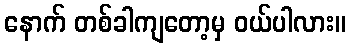
နောက် တစ်ခါကျတော့မှ ဝယ်ပါလား။